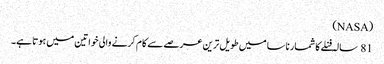
(NASA)
81 سالہ فنلے کا شمار ناسا میں طویل ترین عرصے سے کام کرنے والی خواتین میں ہوتا ہے۔